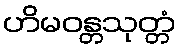
ဟိမဝန္တသုတ္တံ